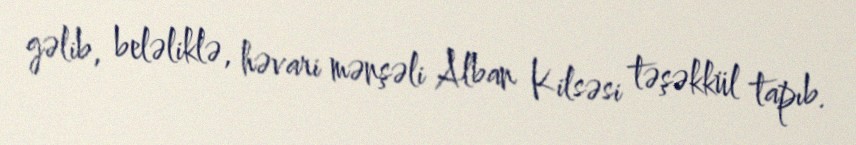
gəlib, beləliklə, həvari mənşəli Alban Kilsəsi təşəkkül tapıb.